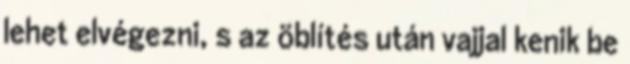
lehet elvégezni, s az öblítés után vajjal kenik be